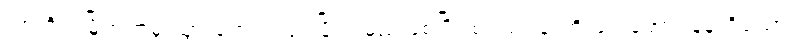
စစ်ကိုင်းမြို့ဘက်မှ သွားရောက်ယှဉ်ပြိုင်ရမည်ဖြစ်ပြီး စံပယ်ပန်းတို့ဖြင့် အောင်နန်းရိပ်သာ